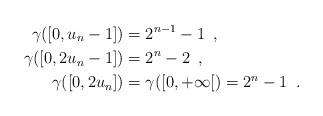
LaTeX: \begin{align*} \gamma([0,u_n-1]) &= 2^{n-1} - 1\enspace ,\\\gamma([0,2u_n-1]) &= 2^n - 2\enspace,\\\gamma([0,2u_n]) &= \gamma([0,+\infty[) = 2^n - 1 \enspace . \end{align*}